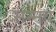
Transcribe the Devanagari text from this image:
सन्मय